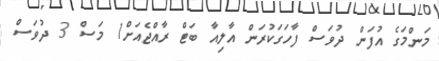
މަންމަގެ އުފަން ދުވަސް ފާހަގަކުރަން އާލިއާ ބަޓް ރާއްޖެއަށް1 މަސް 3 ދުވަސް